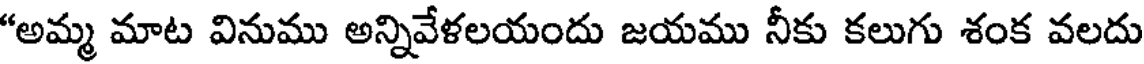
"అమ్మ మాట వినుము అన్నివేళలయందు జయము నీకు కలుగు శంక వలదు